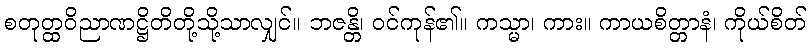
စတုတ္ထဝိညာဏဋ္ဌိတိတို့သို့သာလျှင်။ ဘဇန္တိ၊ ဝင်ကုန်၏။ ကသ္မာ၊ ကား။ ကာယစိတ္တာနံ၊ ကိုယ်စိတ်